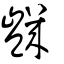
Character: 𧰙